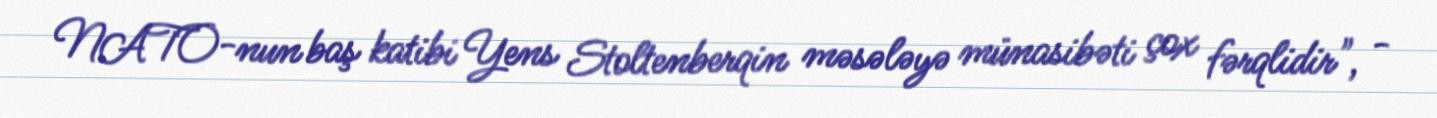
NATO-nun baş katibi Yens Stoltenberqin məsələyə münasibəti çox fərqlidir", -